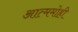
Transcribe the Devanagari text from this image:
आत्ममोही